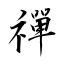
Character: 禪